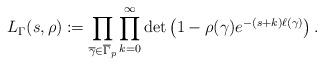
LaTeX: \begin{align*}L_{\Gamma}(s,\rho) := \prod_{\overline{\gamma}\in \overline{\Gamma}_{p}} \prod_{k=0}^{\infty} \det\left( 1-\rho(\gamma)e^{-(s+k)\ell(\gamma)}\right).\end{align*}